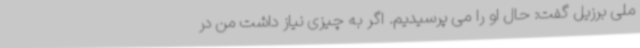
ملی برزیل گفت: حال او را می پرسیدیم‌. اگر به چیزی نیاز داشت من در